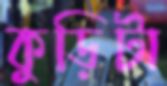
কুড়িটা